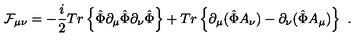
{ \cal F } _ { \mu \nu } = - \frac { i } { 2 } T r \left\{ \hat { \Phi } \partial _ { \mu } \hat { \Phi } \partial _ { \nu } \hat { \Phi } \right\} + T r \left\{ \partial _ { \mu } ( \hat { \Phi } A _ { \nu } ) - \partial _ { \nu } ( \hat { \Phi } A _ { \mu } ) \right\} \ .